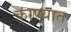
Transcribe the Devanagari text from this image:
काण्यात